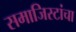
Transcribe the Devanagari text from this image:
समाजिस्टांचा